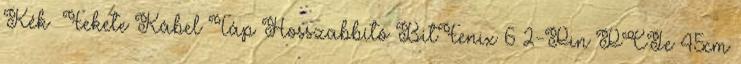
Kék Fekete Kábel Táp Hosszabbító BitFenix 6 2-Pin PCIe 45cm